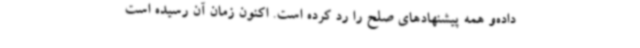
داده‌و همه پیشنهادهای صلح را رد کرده‌ است. اکنون زمان آن رسیده است